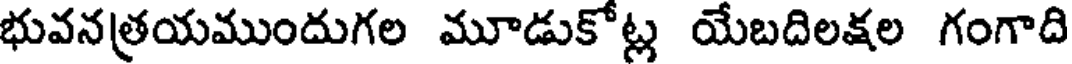
భువనత్రయముందుగల మూడుకోట్ల యేబదిలక్షల గంగాది